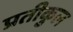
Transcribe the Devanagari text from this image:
प्रतीकुल